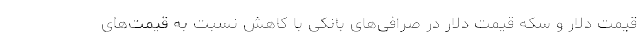
قیمت دلار و سکه قیمت دلار در صرافی‌های بانکی با کاهش نسبت به قیمت‌های